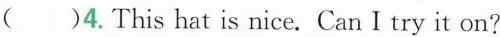
( )4. This hat is nice. Can I try it on?